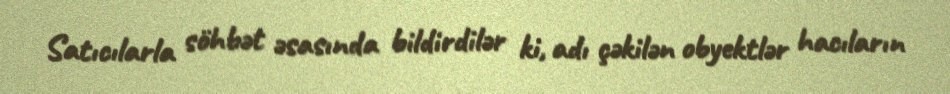
Satıcılarla söhbət əsasında bildirdilər ki, adı çəkilən obyektlər hacıların